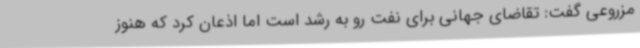
مزروعی گفت: تقاضای جهانی برای نفت رو به رشد است اما اذعان کرد که هنوز